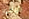
الرموز